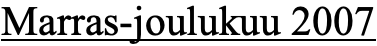
Marras-joulukuu 2007